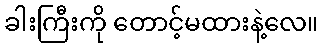
ခါးကြီးကို တောင့်မထားနဲ့လေ။